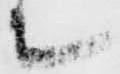
て